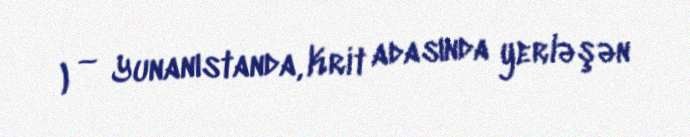
Μουσείο Εικαστικών Τεχνών Ηρακλείου) — Yunanıstanda, Krit adasında yerləşən